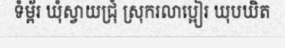
ទំម្ព័រ ឃុំស្វាយជ្រុំ ស្រុករលាប្អៀរ ឃុបឃិត